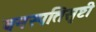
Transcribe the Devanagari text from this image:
वनस्पतिसृष्टी